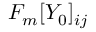
F _ { m } [ Y _ { 0 } ] _ { i j }